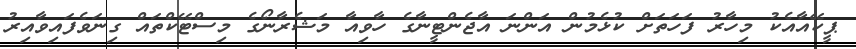
ޕީކޭއާއެކު މިހާރު ފަހަތަށް ކުޅެމުން އަންނަ އާޖެންޓީނާގެ ހާވިއާ މަޝެރާނޯގެ މިސްޓޭކްތައް ގިނަވެފައިވާއިރު